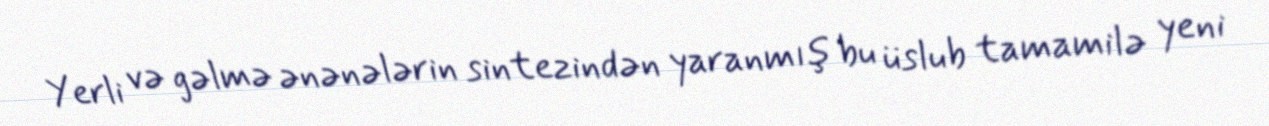
Yerli və gəlmə ənənələrin sintezindən yaranmış bu üslub tamamilə yeni